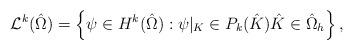
LaTeX: \begin{align*} \mathcal{L}^{k}(\hat\Omega) = \left\{ \psi\in H^k(\hat \Omega): \psi|_K\in{ P_k}(\hat K) \hat K\in \hat \Omega_h \right\},\end{align*}